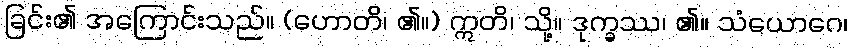
ခြင်း၏ အကြောင်းသည်။ (ဟောတိ၊ ၏။) ဣတိ၊ သို့။ ဒုက္ခဿ၊ ၏။ သံယောဂေ၊